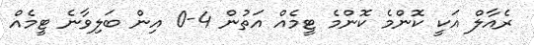
ރެއާލް އަކީ ކޮންމެ ކޮންމެ ޓީމެއް އަތުން 4-0 އިން ބަލިވާނެ ޓީމެއް